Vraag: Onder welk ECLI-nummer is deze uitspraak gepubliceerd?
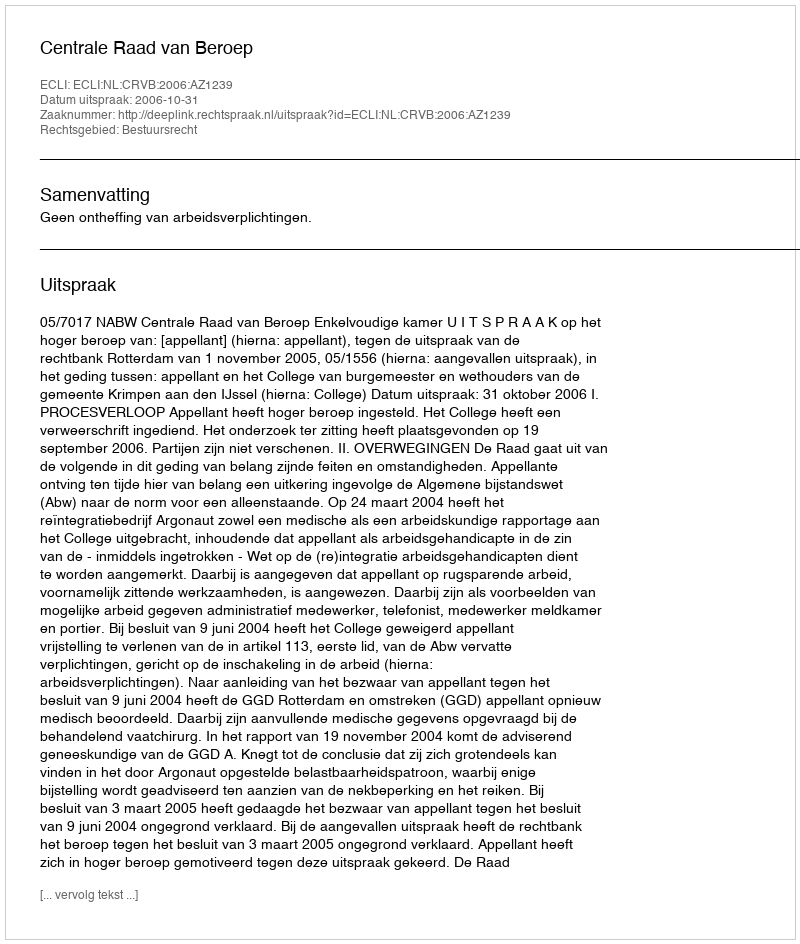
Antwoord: ECLI:NL:CRVB:2006:AZ1239